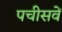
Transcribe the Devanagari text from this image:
पचीसवें